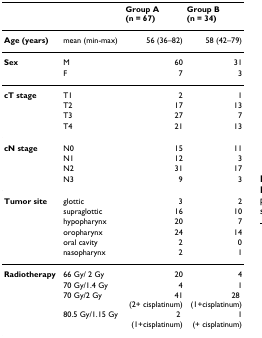
<table><thead><tr><td></td><td></td><td><b>Group A (n = 67)</b></td><td><b>Group B (n = 34)</b></td></tr></thead><tbody><tr><td><b>Age (years)</b></td><td>mean (min-max)</td><td>56 (36–82)</td><td>58 (42–79)</td></tr><tr><td><b>Sex</b></td><td>M</td><td>60</td><td>31</td></tr><tr><td></td><td>F</td><td>7</td><td>3</td></tr><tr><td><b>cT stage</b></td><td>T1</td><td>2</td><td>1</td></tr><tr><td></td><td>T2</td><td>17</td><td>13</td></tr><tr><td></td><td>T3</td><td>27</td><td>7</td></tr><tr><td></td><td>T4</td><td>21</td><td>13</td></tr><tr><td><b>cN stage</b></td><td>N0</td><td>15</td><td>11</td></tr><tr><td></td><td>N1</td><td>12</td><td>3</td></tr><tr><td></td><td>N2</td><td>31</td><td>17</td></tr><tr><td></td><td>N3</td><td>9</td><td>3</td></tr><tr><td><b>Tumor site</b></td><td>glottic</td><td>3</td><td>2</td></tr><tr><td></td><td>supraglottic</td><td>16</td><td>10</td></tr><tr><td></td><td>hypopharynx</td><td>20</td><td>7</td></tr><tr><td></td><td>oropharynx</td><td>24</td><td>14</td></tr><tr><td></td><td>oral cavity</td><td>2</td><td>0</td></tr><tr><td></td><td>nasopharynx</td><td>2</td><td>1</td></tr><tr><td><b>Radiotherapy</b></td><td>66 Gy/ 2 Gy</td><td>20</td><td>4</td></tr><tr><td></td><td>70 Gy/1.4 Gy</td><td>4</td><td>1</td></tr><tr><td></td><td>70 Gy/2 Gy</td><td>41 (2+ cisplatinum)</td><td>28 (1+cisplatinum)</td></tr><tr><td></td><td>80.5 Gy/1.15 Gy</td><td>2 (1+cisplatinum)</td><td>1 (+ cisplatinum)</td></tr></tbody></table>